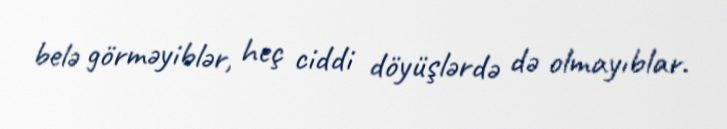
belə görməyiblər, heç ciddi döyüşlərdə də olmayıblar.